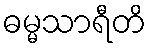
ဓမ္မသာရီတိ